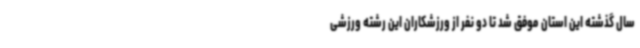
سال گذشته این استان موفق شد تا دو نفر از ورزشکاران این رشته ورزشی